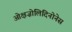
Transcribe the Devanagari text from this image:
ओक्षज़ोलिदिनोनेस